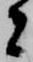
者